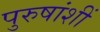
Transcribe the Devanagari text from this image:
पुरुषांशीं